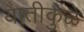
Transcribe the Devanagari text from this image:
यातीकुळे